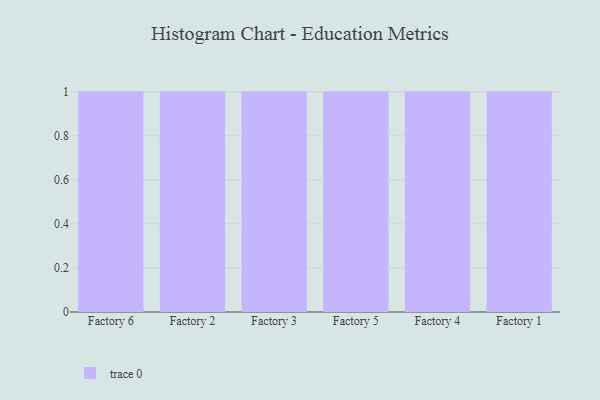
{"axis": {"x": "Factory", "y": "Active Users"}, "legend": [""], "data": [{"x": "Factory 6", "y": 58, "type": ""}, {"x": "Factory 2", "y": 48, "type": ""}, {"x": "Factory 3", "y": 100, "type": ""}, {"x": "Factory 5", "y": 66, "type": ""}, {"x": "Factory 4", "y": 23, "type": ""}, {"x": "Factory 1", "y": 84, "type": ""}]}